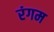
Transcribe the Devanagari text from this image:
रंगम